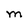
Character: M